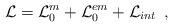
LaTeX: \begin{align*}{\cal L}={\cal L}_{0}^m+{\cal L}_{0}^{em}+{\cal L}_{int} \,\,\,,\end{align*}